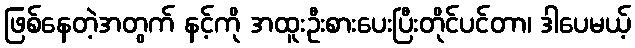
ဖြစ်နေတဲ့အတွက် နင့်ကို အထူးဦးစားပေးပြီးတိုင်ပင်တာ၊ ဒါပေမယ့်